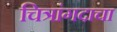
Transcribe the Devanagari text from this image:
चित्रांगदाचा